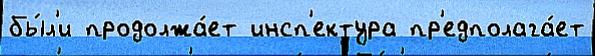
бы́л'и продолжа́ет инсп'ектура пр'едполага́ет